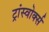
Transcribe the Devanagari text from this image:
ट्रांस्वोर्क्स